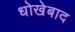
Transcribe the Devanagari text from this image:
धोखेबाद